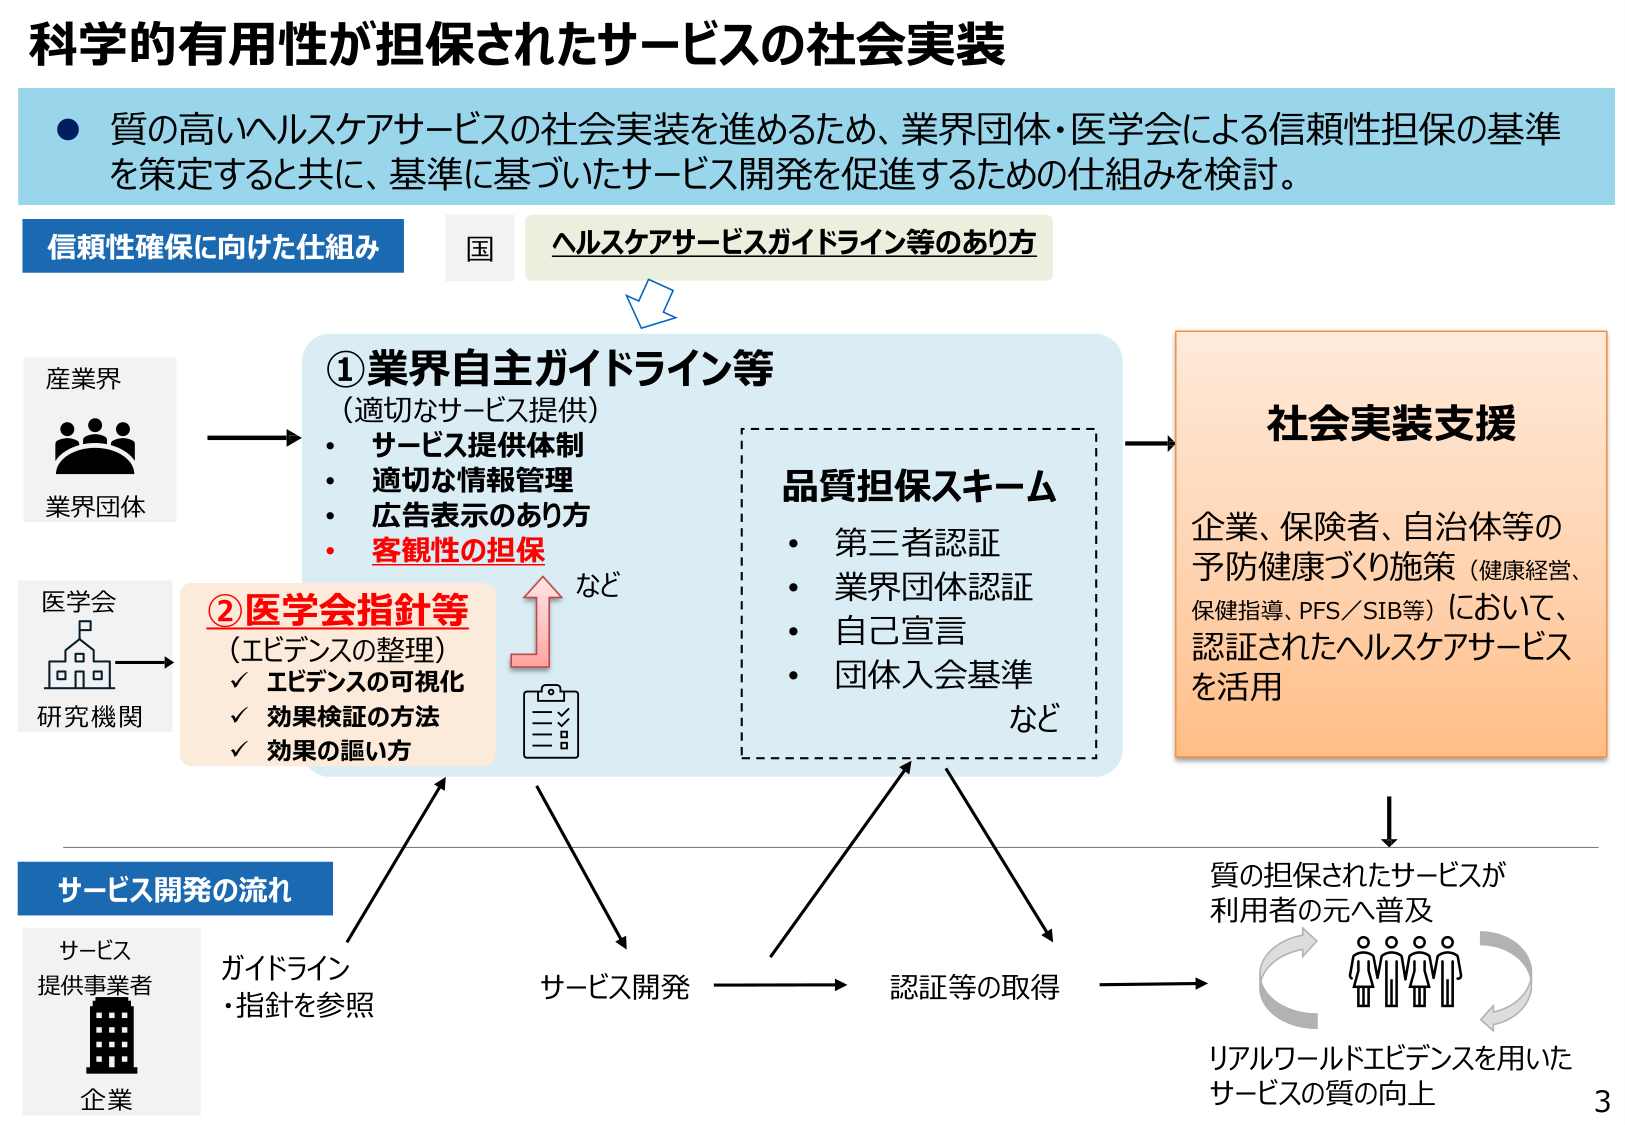
科学的有用性が担保されたサービスの社会実装

● 質の高いヘルスケアサービスの社会実装を進めるため、業界団体・医学会による信頼性担保の基準を策定すると共に、基準に基づいたサービス開発を促進するための仕組みを検討。

信頼性確保に向けた仕組み　国　ヘルスケアサービスガイドライン等のあり方

産業界
業界団体

①業界自主ガイドライン等
（適切なサービス提供）
・サービス提供体制
・適切な情報管理
・広告表示のあり方
・客観性の担保
など

②医学会指針等
（エビデンスの整理）
✓ エビデンスの可視化
✓ 効果検証の方法
✓ 効果の謳い方

医学會
研究機関

品質担保スキーム
・第三者認証
・業界団体認証
・自己宣言
・団体入会基準
など

社会実装支援
企業、保険者、自治体等の
予防健康づくり施策（健康経営、
保健指導、PFS／SIB等）において、
認証されたヘルスケアサービス
を活用

サービス開発の流れ

サービス
提供事業者
企業

ガイドライン
・指針を参照

サービス開発

認証等の取得

質の担保されたサービスが
利用者の元へ普及

リアルワールドエビデンスを用いた
サービスの質の向上

3